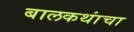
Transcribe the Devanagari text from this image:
बालकथांचा